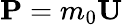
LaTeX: \mathbf{P}=m_{0}\mathbf{U}